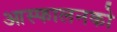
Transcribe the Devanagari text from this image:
आस्फालनको